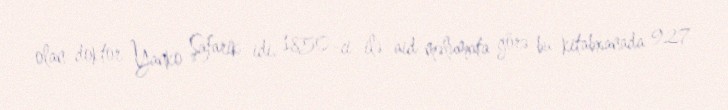
olan doktor Yanko Şafarik idi. 1850-ci ilə aid məlumata görə bu kitabxanada 927